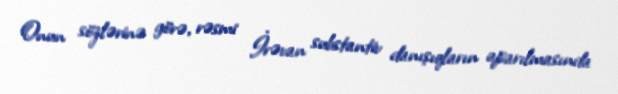
Onun sözlərinə görə, rəsmi İrəvan substantiv danışıqların aparılmasında